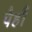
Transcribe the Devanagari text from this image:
पैहौं